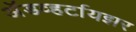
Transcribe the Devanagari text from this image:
अॅडव्हर्टायझर